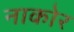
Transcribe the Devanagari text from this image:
नाकोर